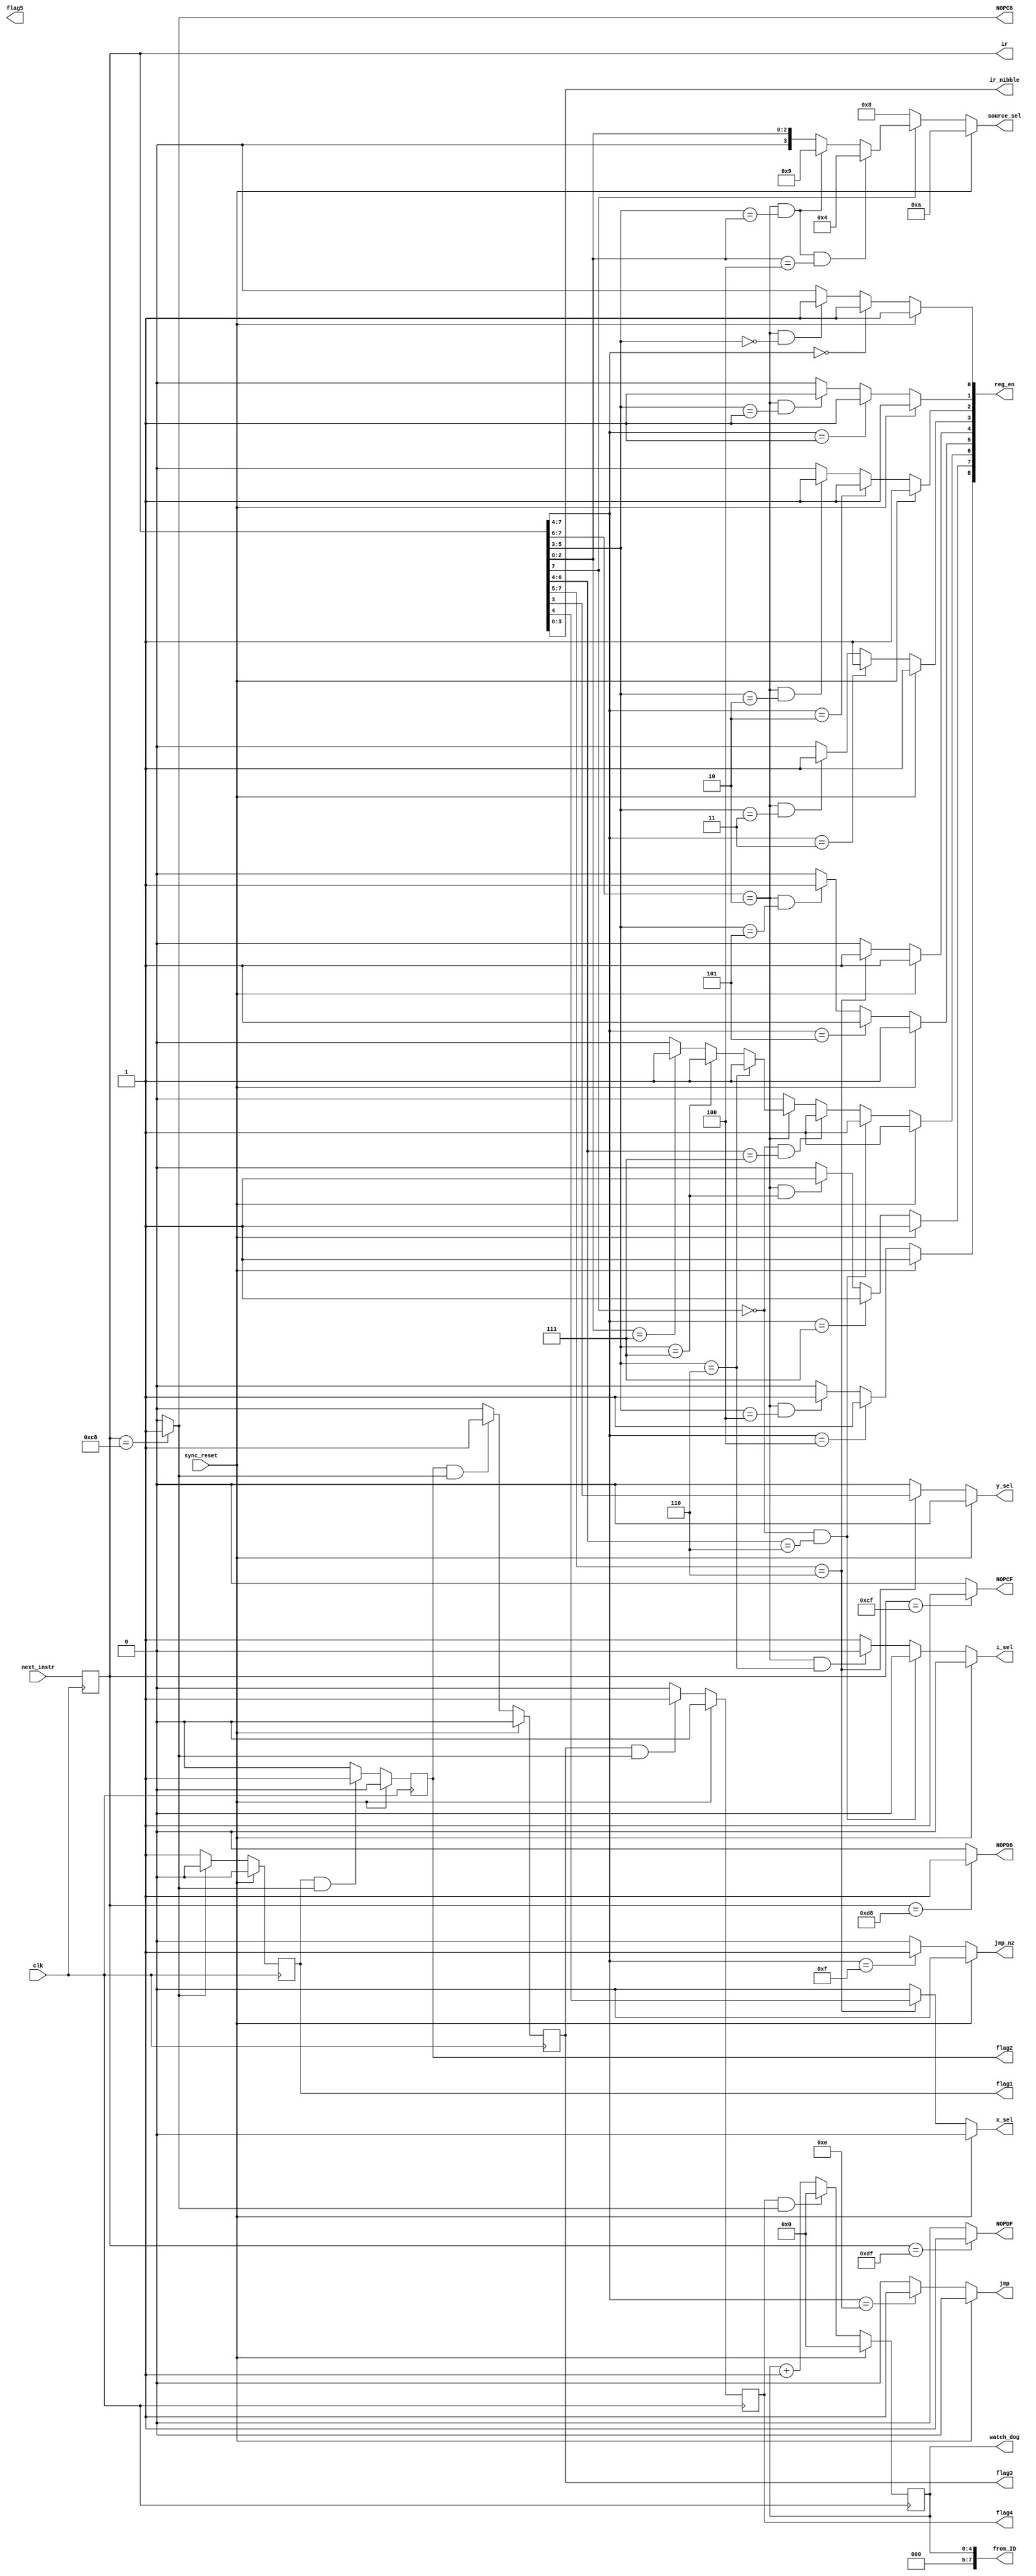
module instruction_decoder(
	input [7:0] next_instr,
	input clk, sync_reset,
	output reg jmp, jmp_nz,
	output reg i_sel, y_sel, x_sel,
	output reg [3:0] source_sel,
	output reg [3:0] ir_nibble,
	output reg [8:0] reg_en,
	output reg [7:0] ir,			// made an output for exam (was internal before)
	output reg [7:0] from_ID,	// made for final exam scrambler
	output reg NOPC8, NOPCF, NOPD8, NOPDF,	// made for final exam scrambler
	output reg [4:0] watch_dog,
	output reg flag1, flag2, flag3, flag4, flag5
	);


always @ *
from_ID = {3'h0, watch_dog};			// during exam
//from_ID = reg_en[7:0];  // for debugging prior to exam (reg_en[8] is for o_reg)


always @ (posedge clk)
if (sync_reset == 1'b1)
	watch_dog = 5'd0;
else if ((flag4) && (NOPC8))
	watch_dog = 5'd0;
else
	watch_dog = watch_dog + 5'd1;

	
always @ (posedge clk)
if (sync_reset == 1'b1)
	flag1 = 1'b0;
else if (!NOPC8)
	flag1 = 1'b1;
else
	flag1 = 1'b0;
	
always @ (posedge clk)
if (sync_reset == 1'b1)
	flag2 = 1'b0;
else if ((flag1 == 1'b1) && (NOPC8))
	flag2 = 1'b1;
else
	flag2 = 1'b0;

always @ (posedge clk)
if (sync_reset == 1'b1)
	flag3 = 1'b0;
else if ((flag2 == 1'b1) && (NOPC8))
	flag3 = 1'b1;
else
	flag3 = 1'b0;

always @ (posedge clk)
if (sync_reset == 1'b1)
	flag4 = 1'b0;
else if ((flag3 == 1'b1) && (NOPC8))
	flag4 = 1'b1;
else
	flag4 = 1'b0;


//// NOP Instructions ////
always @ *
if (ir == 8'hC8)
	NOPC8 = 1'b1;
else
	NOPC8 = 1'b0;

always @ *	
if (ir == 8'hCF)
	NOPCF = 1'b1;
else
	NOPCF = 1'b0;

always @ *
if (ir == 8'hD8)
	NOPD8 = 1'b1;
else
	NOPD8 = 1'b0;
	
always @ *
if (ir == 8'hDF)
	NOPDF = 1'b1;
else
	NOPDF = 1'b0;


// loading the ir reg from the next instr (from the ROM's pm_addr)
always @ (posedge clk)
ir = next_instr;


// ir_nibble output
always @ *
ir_nibble = ir[3:0];



// logic for decoding instruction type (jmp or jmp_nz outputs)
//  jmp  //
always @ *
//if ( (sync_reset == 1'b1) || (int_sync_reset == 1'b1) )
if (sync_reset == 1'b1)
	// don't jump when reset
	jmp = 1'b0;
else if (ir[7:4] == 4'b1110)
	// unconditional jump;
	jmp = 1'b1;
else
	// else; don't jump
	jmp = 1'b0;

	
//  jmp_nz  //
always @ *
//if ( (sync_reset == 1'b1) || (int_sync_reset == 1'b1) )
if (sync_reset == 1'b1)
	// don't jump when reset
	jmp_nz = 1'b0;
else if (ir[7:4] == 4'b1111)
	// conditional jump;
	jmp_nz = 1'b1;
else 
	// else; don't jump
	jmp_nz = 1'b0;


	
// logic for decoding source_sel ouput (bits 10-15 tied to GND)
//  source_sel  //
always @ *
//if ( (sync_reset == 1'b1) || (int_sync_reset == 1'b1) )
if (sync_reset == 1'b1)
	source_sel = 4'd10;
else if (ir[7] == 1'b0)
	//	load; data_bus = ir_nibble 
	source_sel = 4'd8;
else if ( (ir[7:6] == 2'b10) && (ir[5:3] == ir[2:0]) && (ir[2:0] == 3'd4) )
	// mov; data_bus = r (moving to o_reg)
	source_sel = 4'd4;
else if ( (ir[7:6] == 2'b10) && (ir[5:3] == ir[2:0]) )
	// mov; data_bus = i_pins
	source_sel = 4'd9;
else if ( (ir[7:6] == 2'b10) )
	// mov; data_bus = src (0-7, data registers)
	source_sel = {1'b0, ir[2:0]};  // concat, to make 4-bit
else
	source_sel = {1'b0, ir[2:0]};



	
// logic for decoding i, x, y selects
//  i_sel  //
always @ *
//if ( (sync_reset == 1'b1) || (int_sync_reset == 1'b1) )
if (sync_reset == 1'b1)
	i_sel = 1'b0;
else if ( (ir[7] == 1'b0) && (ir[6:4] == 3'd6) )
	// load; i is dst (from data_bus)
	i_sel = 1'b0;
else if ( (ir[7:6] == 2'b10) && (ir[5:3] == 3'd6) )
	// mov; i is dst
	i_sel = 1'b0;
else
	// else; increment i
	i_sel = 1'b1;

	
//  x_sel  //
always @ *
//if ( (sync_reset == 1'b1) || (int_sync_reset == 1'b1) )
if (sync_reset == 1'b1)
	x_sel = 1'b0;
else if (ir[7:5] == 3'b110)
	// alu; assign proper x val
	x_sel = ir[4];
else
	// else; default to zero
	x_sel = 1'b0;

	
//  y_sel  //
always @ *
//if ( (sync_reset == 1'b1) || (int_sync_reset == 1'b1) )
if (sync_reset == 1'b1)
	y_sel = 1'b0;
else if (ir[7:5] == 3'b110)
	// alu; assign proper y val
	y_sel = ir[3];
else
	// else; default to zero
	y_sel = 1'b0;

	

// logic for decoding register enables (9, each seperate 1bit outputs)
//  reg_en[0], x0  //
always @ *
//if ( (sync_reset == 1'b1) || (int_sync_reset == 1'b1) )
if (sync_reset == 1'b1)
	// enable all registers during reset, to clear them
	reg_en[0] = 1'b1;
else if (ir[7:4] == 4'd0)
	// load; x0 is dst
	reg_en[0] = 1'b1;
else if ( (ir[7:6] == 2'b10) && (ir[5:3] == 3'd0) )
	// mov; x0 is dst
	reg_en[0] = 1'b1;
else
	reg_en[0] = 1'b0;


//  reg_en[1], x1  //
always @ *
//if ( (sync_reset == 1'b1) || (int_sync_reset == 1'b1) )
if (sync_reset == 1'b1)
	// enable all registers during reset, to clear them
	reg_en[1] = 1'b1;
else if (ir[7:4] == 4'd1)
	// load; x1 is dst
	reg_en[1] = 1'b1;
else if ( (ir[7:6] == 2'b10) && (ir[5:3] == 3'd1) )
	// mov; x1 is dst
	reg_en[1] = 1'b1;
else
	reg_en[1] = 1'b0;


//  reg_en[2], y0  //
always @ *
//if ( (sync_reset == 1'b1) || (int_sync_reset == 1'b1) )
if (sync_reset == 1'b1)
	// enable all registers during reset, to clear them
	reg_en[2] = 1'b1;
else if (ir[7:4] == 4'd2)
	// load; y0 is dst
	reg_en[2] = 1'b1;
else if ( (ir[7:6] == 2'b10) && (ir[5:3] == 3'd2) )
	// mov; y0 is dst
	reg_en[2] = 1'b1;
else
	reg_en[2] = 1'b0;


//  reg_en[3], y1  //
always @ *
//if ( (sync_reset == 1'b1) || (int_sync_reset == 1'b1) )
if (sync_reset == 1'b1)
	// enable all registers during reset, to clear them
	reg_en[3] = 1'b1;
else if (ir[7:4] == 4'd3)
	// load; y1 is dst
	reg_en[3] = 1'b1;
else if ( (ir[7:6] == 2'b10) && (ir[5:3] == 3'd3) )
	// mov; y0 is dst
	reg_en[3] = 1'b1;
else
	reg_en[3] = 1'b0;


//  reg_en[4], r  //
always @ *
//if ( (sync_reset == 1'b1) || (int_sync_reset == 1'b1) )
if (sync_reset == 1'b1)
	// enable all registers during reset, to clear them
	reg_en[4] = 1'b1;
else if (ir[7:5] == 3'b110)
	// alu; r is enabled
	reg_en[4] = 1'b1;
else
	reg_en[4] = 1'b0;


//  reg_en[5], m  //
always @ *
//if ( (sync_reset == 1'b1) || (int_sync_reset == 1'b1) )
if (sync_reset == 1'b1)
	// enable all registers during reset, to clear them
	reg_en[5] = 1'b1;
else if (ir[7:4] == 4'd5)
	// load; m is dst
	reg_en[5] = 1'b1;
else if ( (ir[7:6] == 2'b10) && (ir[5:3] == 3'd5) )
	// mov; m is dst
	reg_en[5] = 1'b1;
else
	reg_en[5] = 1'b0;



//  reg_en[6], i  //
always @ *
//if ( (sync_reset == 1'b1) || (int_sync_reset == 1'b1) )
if (sync_reset == 1'b1)
	// enable all registers during reset, to clear them
	reg_en[6] = 1'b1;
else if ( (ir[7] == 1'b0) && (ir[6:4] == 3'd6) )
	// load; i is a dst
	reg_en[6] = 1'b1;
else if ( (ir[7] == 1'b0) && (ir[6:4] == 3'd7) )
	// load; dm is a dst (increment i)
	reg_en[6] = 1'b1;
else if (ir[7:6] == 2'b10)
	if (ir[5:3] == 3'd6)
		// mov; i is a dst
		reg_en[6] = 1'b1;
	else if (ir[5:3] == 3'd7)
		// mov; dm is a dst (increment i)
		reg_en[6] = 1'b1;
	else if (ir[2:0] == 3'd7)
		// mov; dm is a src (increment i or mov into i)
		reg_en[6] = 1'b1;
	else
		reg_en[6] = 1'b0;
else
	// no other mov or load cases where i is modified
	reg_en[6] = 1'b0;


//  reg_en[7], dm  //
always @ *
//if ( (sync_reset == 1'b1) || (int_sync_reset == 1'b1) )
if (sync_reset == 1'b1)
	// enable all registers during reset, to clear them
	reg_en[7] = 1'b1;
else if (ir[7:4] == 4'd7)
	// load; dm is dst
	reg_en[7] = 1'b1;
else if ( (ir[7:6] == 2'b10) && (ir[5:3] == 3'd7) )
	// mov; dm is dst
	reg_en[7] = 1'b1;
else
	reg_en[7] = 1'b0;


//  reg_en[8], o_reg  //
always @ *
//if ( (sync_reset == 1'b1) || (int_sync_reset == 1'b1) )
if (sync_reset == 1'b1)
	// enable all registers during reset, to clear them
	reg_en[8] = 1'b1;
else if (ir[7:4] == 4'd4)
	// load; o_reg is dst
	reg_en[8] = 1'b1;
else if ( (ir[7:6] == 2'b10) && (ir[5:3] == 3'd4) )
	// mov; o_reg is dst
	reg_en[8] = 1'b1;
else
	reg_en[8] = 1'b0;


endmodule